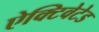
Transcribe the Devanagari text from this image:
ऐक्टिवेटेड